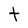
Character: t